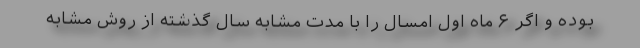
بوده و اگر ۶ ماه اول امسال را با مدت مشابه سال گذشته از روش مشابه